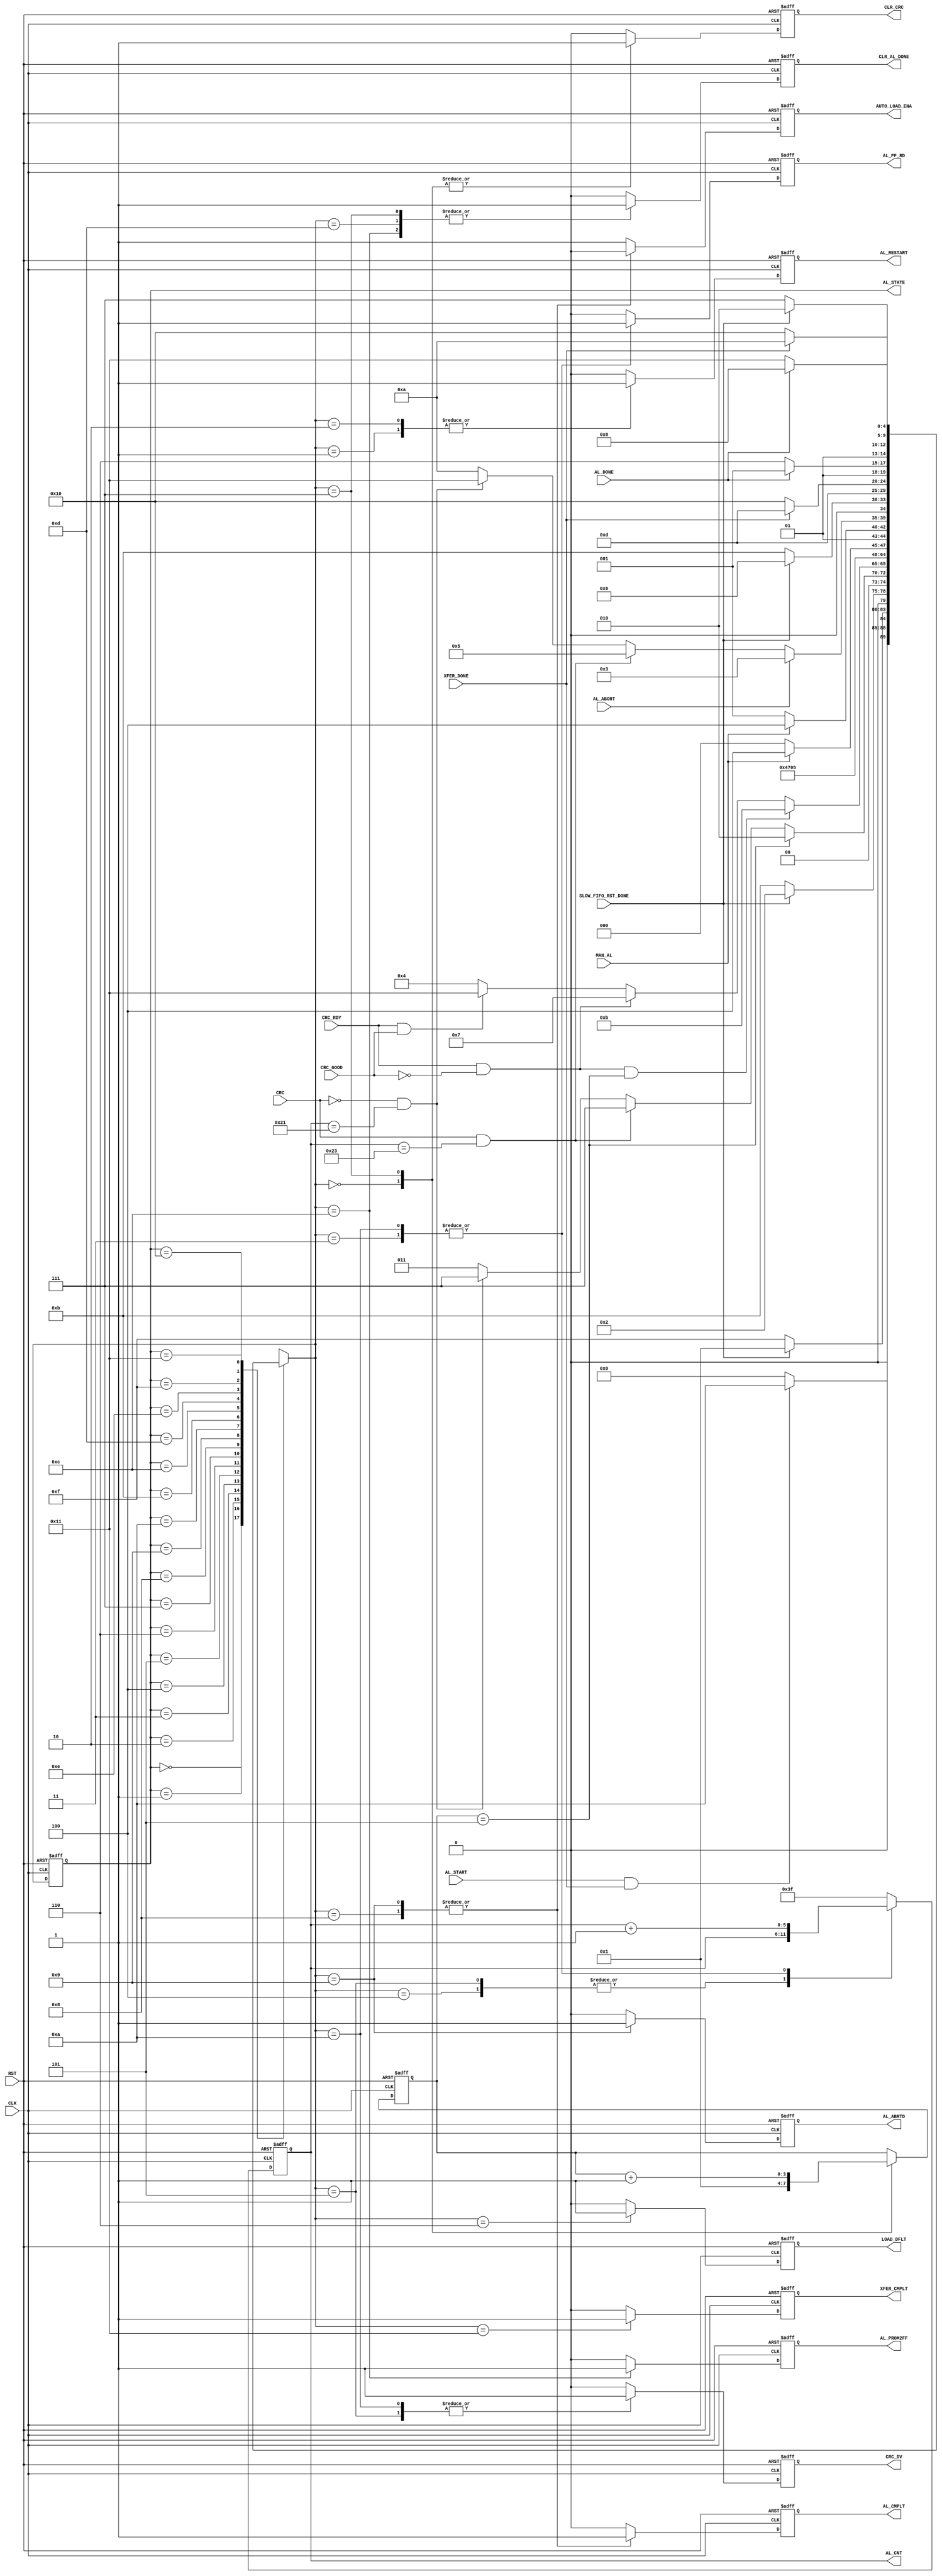

// Created by fizzim_tmr.pl version $Revision: 4.44 on 2018:12:04 at 16:28:40 (www.fizzim.com)

module Auto_Load_Param_FSM 
  #(
    parameter MAX_ATMPT = 9'd5,
    parameter MAX_WRDS = 9'd34
  )(
  output reg AL_ABRTD,
  output reg AL_CMPLT,
  output reg [5:0] AL_CNT,
  output reg AL_PF_RD,
  output reg AL_PROM2FF,
  output reg AL_RESTART,
  output reg AUTO_LOAD_ENA,
  output reg CLR_AL_DONE,
  output reg CLR_CRC,
  output reg CRC_DV,
  output reg LOAD_DFLT,
  output reg XFER_CMPLT,
  output wire [4:0] AL_STATE,
  input AL_ABORT,
  input AL_DONE,
  input AL_START,
  input CLK,
  input CRC,
  input CRC_GOOD,
  input CRC_RDY,
  input MAN_AL,
  input RST,
  input SLOW_FIFO_RST_DONE,
  input XFER_DONE 
);

  // state bits
  parameter 
  Idle        = 5'b00000, 
  AL_Restart1 = 5'b00001, 
  AL_Restart2 = 5'b00010, 
  Abort       = 5'b00011, 
  CHK_CRC     = 5'b00100, 
  CRC_Calc    = 5'b00101, 
  Load_Dflts  = 5'b00110, 
  Next_Atmpt  = 5'b00111, 
  RUN         = 5'b01000, 
  RUN_ABORT   = 5'b01001, 
  Read_FIFO   = 5'b01010, 
  Rst_Shifts  = 5'b01011, 
  Start_Xfer  = 5'b01100, 
  Sync        = 5'b01101, 
  Wait4Done   = 5'b01110, 
  Wait4RstDn  = 5'b01111, 
  Wait4Xfer   = 5'b10000, 
  Xfer_Cmplt  = 5'b10001; 

  reg [4:0] state;

  assign AL_STATE = state;

  reg [4:0] nextstate;


  reg [3:0] atmpt_cnt;

  // comb always block
  always @* begin
    nextstate = 5'bxxxxx; // default to x because default_state_is_x is set
    case (state)
      Idle       : if      (AL_START && XFER_DONE)                         nextstate = Read_FIFO;
                   else                                                    nextstate = Idle;
      AL_Restart1: if      (!SLOW_FIFO_RST_DONE)                           nextstate = Wait4RstDn;
                   else                                                    nextstate = AL_Restart1;
      AL_Restart2: if      (!SLOW_FIFO_RST_DONE)                           nextstate = Rst_Shifts;
                   else                                                    nextstate = AL_Restart2;
      Abort      : if      (atmpt_cnt ==MAX_ATMPT)                         nextstate = AL_Restart2;
                   else if (CRC && AL_CNT==(MAX_WRDS+1))                   nextstate = Next_Atmpt;
                   else if (!CRC && AL_CNT==(MAX_WRDS-1))                  nextstate = Next_Atmpt;
                   else                                                    nextstate = Abort;
      CHK_CRC    : if      (CRC_RDY && !CRC_GOOD && atmpt_cnt==MAX_ATMPT)  nextstate = Rst_Shifts;
                   else if (CRC_RDY && !CRC_GOOD)                          nextstate = Next_Atmpt;
                   else if (CRC_RDY && CRC_GOOD)                           nextstate = Xfer_Cmplt;
                   else                                                    nextstate = CHK_CRC;
      CRC_Calc   :                                                         nextstate = CHK_CRC;
      Load_Dflts :                                                         nextstate = Wait4Done;
      Next_Atmpt :                                                         nextstate = AL_Restart1;
      RUN        : if      (MAN_AL)                                        nextstate = Start_Xfer;
                   else                                                    nextstate = RUN;
      RUN_ABORT  : if      (MAN_AL)                                        nextstate = Start_Xfer;
                   else                                                    nextstate = RUN_ABORT;
      Read_FIFO  : if      (AL_ABORT)                                      nextstate = Abort;
                   else if (CRC && AL_CNT==(MAX_WRDS+1))                   nextstate = CRC_Calc;
                   else if (!CRC && AL_CNT==(MAX_WRDS-1))                  nextstate = Xfer_Cmplt;
                   else                                                    nextstate = Read_FIFO;
      Rst_Shifts : if      (SLOW_FIFO_RST_DONE)                            nextstate = Load_Dflts;
                   else                                                    nextstate = Rst_Shifts;
      Start_Xfer :                                                         nextstate = Sync;
      Sync       : if      (!XFER_DONE)                                    nextstate = Wait4Xfer;
                   else                                                    nextstate = Sync;
      Wait4Done  : if      (AL_DONE)                                       nextstate = RUN_ABORT;
                   else                                                    nextstate = Wait4Done;
      Wait4RstDn : if      (SLOW_FIFO_RST_DONE)                            nextstate = Read_FIFO;
                   else                                                    nextstate = Wait4RstDn;
      Wait4Xfer  : if      (XFER_DONE)                                     nextstate = Read_FIFO;
                   else                                                    nextstate = Wait4Xfer;
      Xfer_Cmplt : if      (AL_DONE)                                       nextstate = RUN;
                   else                                                    nextstate = Xfer_Cmplt;
    endcase
  end

  // Assign reg'd outputs to state bits

  // sequential always block
  always @(posedge CLK or posedge RST) begin
    if (RST)
      state <= Idle;
    else
      state <= nextstate;
  end

  // datapath sequential always block
  always @(posedge CLK or posedge RST) begin
    if (RST) begin
      AL_ABRTD <= 0;
      AL_CMPLT <= 0;
      AL_CNT <= 6'h3F;
      AL_PF_RD <= 0;
      AL_PROM2FF <= 0;
      AL_RESTART <= 0;
      AUTO_LOAD_ENA <= 1;
      CLR_AL_DONE <= 0;
      CLR_CRC <= 0;
      CRC_DV <= 0;
      LOAD_DFLT <= 0;
      XFER_CMPLT <= 0;
      atmpt_cnt <= 4'h1;
    end
    else begin
      AL_ABRTD <= 0; // default
      AL_CMPLT <= 0; // default
      AL_CNT <= 6'h3F; // default
      AL_PF_RD <= 0; // default
      AL_PROM2FF <= 0; // default
      AL_RESTART <= 0; // default
      AUTO_LOAD_ENA <= 1; // default
      CLR_AL_DONE <= 0; // default
      CLR_CRC <= 0; // default
      CRC_DV <= 0; // default
      LOAD_DFLT <= 0; // default
      XFER_CMPLT <= 0; // default
      atmpt_cnt <= atmpt_cnt; // default
      case (nextstate)
        Idle       : begin
                            CLR_CRC <= 1;
                            atmpt_cnt <= 4'h1;
        end
        AL_Restart1:        AL_RESTART <= 1;
        AL_Restart2:        AL_RESTART <= 1;
        Abort      : begin
                            AL_CNT <= AL_CNT+1;
                            AL_PF_RD <= 1;
        end
        CHK_CRC    :        AL_CNT <= AL_CNT;
        CRC_Calc   : begin
                            AL_CNT <= AL_CNT;
                            CRC_DV <= 1;
        end
        Load_Dflts :        LOAD_DFLT <= 1;
        Next_Atmpt : begin
                            CLR_AL_DONE <= 1;
                            CLR_CRC <= 1;
                            atmpt_cnt <= atmpt_cnt+1;
        end
        RUN        : begin
                            AL_CMPLT <= 1;
                            AUTO_LOAD_ENA <= 0;
        end
        RUN_ABORT  : begin
                            AL_ABRTD <= 1;
                            AL_CMPLT <= 1;
                            AUTO_LOAD_ENA <= 0;
        end
        Read_FIFO  : begin
                            AL_CNT <= AL_CNT +1;
                            AL_PF_RD <= 1;
                            CRC_DV <= 1;
        end
        Start_Xfer : begin
                            AL_PROM2FF <= 1;
                            CLR_AL_DONE <= 1;
        end
        Sync       :        CLR_AL_DONE <= 1;
        Xfer_Cmplt :        XFER_CMPLT <= 1;
      endcase
    end
  end

  // This code allows you to see state names in simulation
  `ifndef SYNTHESIS
  reg [87:0] statename;
  always @* begin
    case (state)
      Idle       : statename = "Idle";
      AL_Restart1: statename = "AL_Restart1";
      AL_Restart2: statename = "AL_Restart2";
      Abort      : statename = "Abort";
      CHK_CRC    : statename = "CHK_CRC";
      CRC_Calc   : statename = "CRC_Calc";
      Load_Dflts : statename = "Load_Dflts";
      Next_Atmpt : statename = "Next_Atmpt";
      RUN        : statename = "RUN";
      RUN_ABORT  : statename = "RUN_ABORT";
      Read_FIFO  : statename = "Read_FIFO";
      Rst_Shifts : statename = "Rst_Shifts";
      Start_Xfer : statename = "Start_Xfer";
      Sync       : statename = "Sync";
      Wait4Done  : statename = "Wait4Done";
      Wait4RstDn : statename = "Wait4RstDn";
      Wait4Xfer  : statename = "Wait4Xfer";
      Xfer_Cmplt : statename = "Xfer_Cmplt";
      default    : statename = "XXXXXXXXXXX";
    endcase
  end
  `endif

endmodule